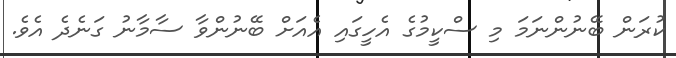
ކުރަން ބޭނުންނަމަ މި ސްކީމުގެ އެހީގައި އެއަށް ބޭނުންވާ ސާމާނު ގަނެދެ އެވެ.